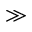
\gg